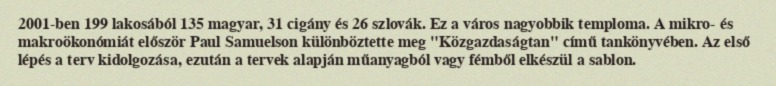
2001-ben 199 lakosából 135 magyar, 31 cigány és 26 szlovák. Ez a város nagyobbik temploma. A mikro- és makroökonómiát először Paul Samuelson különböztette meg "Közgazdaságtan" című tankönyvében. Az első lépés a terv kidolgozása, ezután a tervek alapján műanyagból vagy fémből elkészül a sablon.